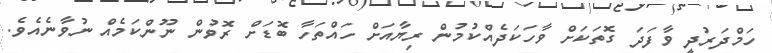
ހަމްދަރުދީ ވާފަދަ ގޮތަކަށް ވާހަކަދެއްކުމުން ރިޔާއަށް ހައްތަހާ ބޮޑަށް ރޮވުން ނޫންކަމެއް ނުވާނެއެވެ.